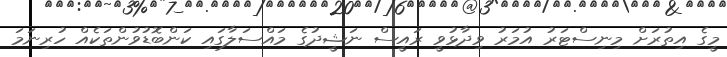
މީގެ އިތުރަށް މިނިސްޓަރު އުމަރު ވިދާޅުވީ ރައީސް ނަޝީދުގެ މައްސަލާގައި ކަންބޮޑުވުންތަކެއް ހުރިނަމަ